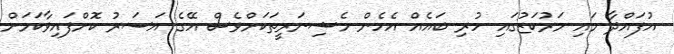
އުފައްދާ މައި މަރުކަޒުގައި ހުރި ބައެއް އެހެން މެޝިނަރީތަކަށްވެސް އޭގެ އަސަރު ކޮށްފައިވާކަމަށް